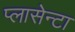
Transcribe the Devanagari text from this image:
प्लासेन्टा